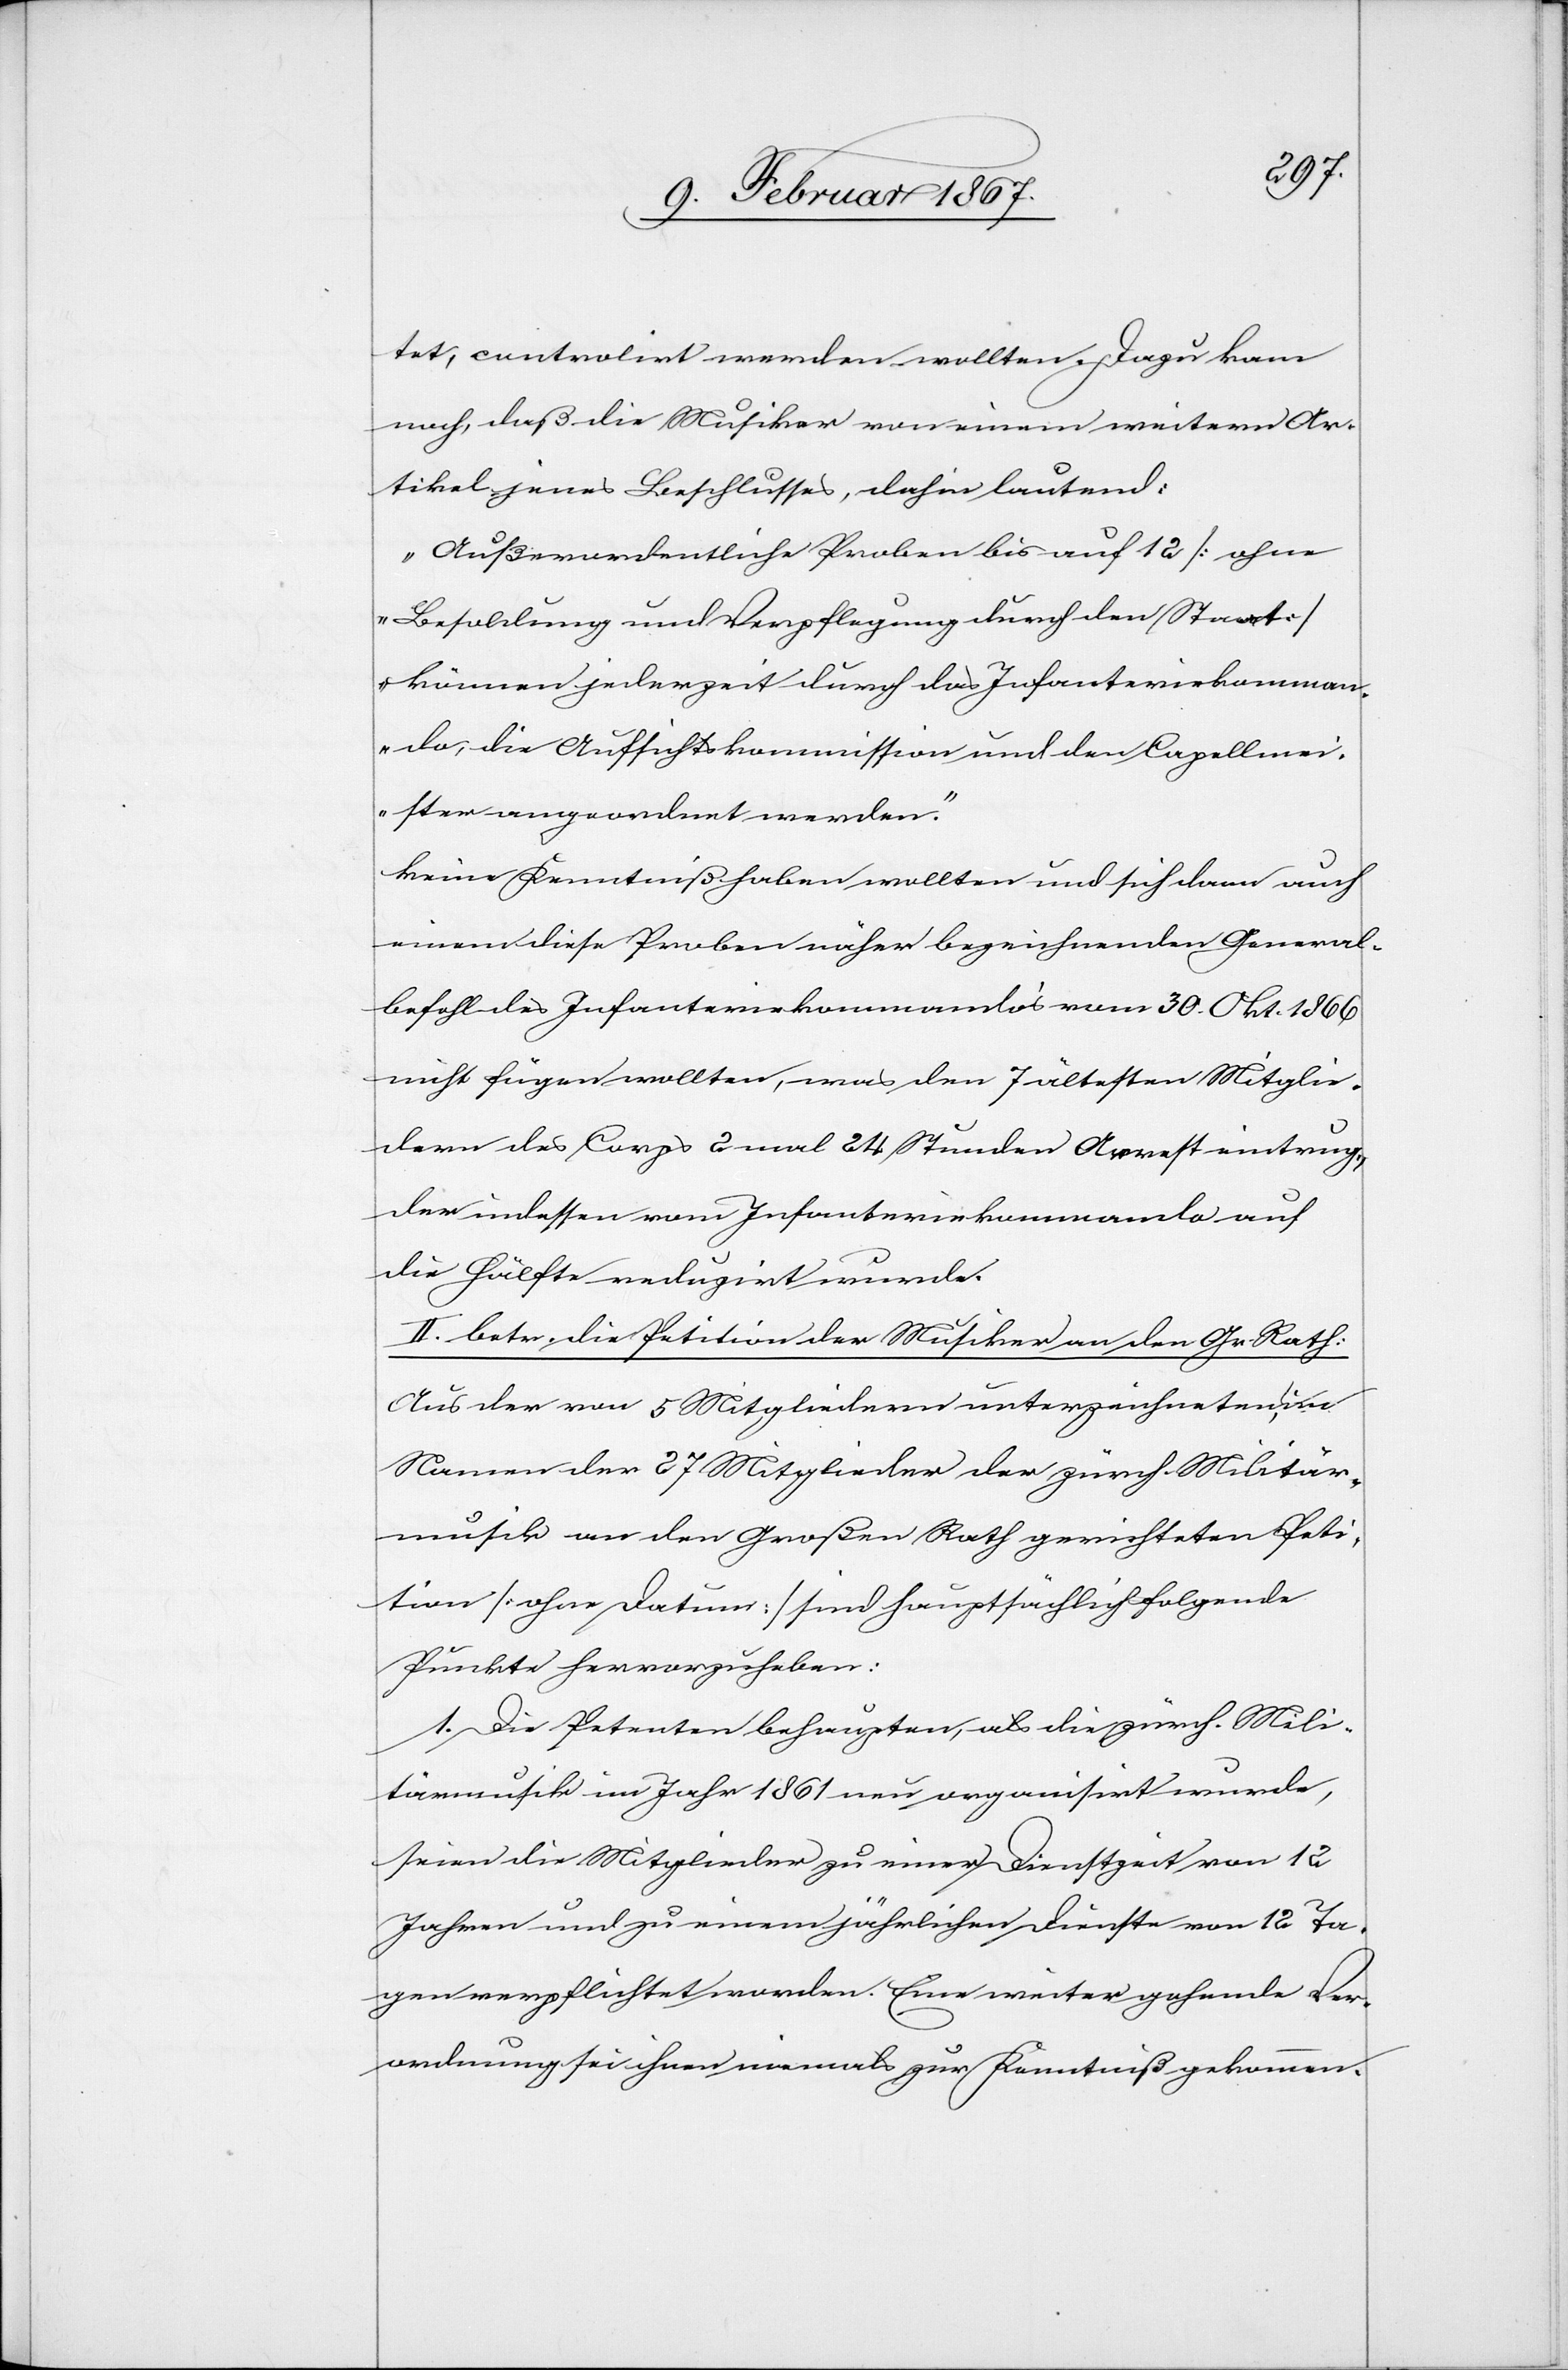
tet, controlirt werden wollten. Dazu kam
noch, daß die Musiker von einem weitern Ar¬
tikel jenes Beschlusses, dahin lautend:
„Außerordentliche Proben bis auf 12 [ohne
Besoldung und Verpflegung durch den Staat]
können jederzeit durch das Infanteriekomman¬
do, die Aufsichtskommission und den Capellmei¬
ster angeordnet werden.“
keine Kenntniß haben wollten und sich dann auch
einem diese Proben näher bezeichnenden General¬
befehl des Infanteriekommandos vom 30. Okt. 1866
nicht fügen wollten, was den 7 ältesten Mitglie¬
dern des Corps 2 mal 24 Stunden Arrest eintrug,
der indessen vom Infanteriekommando auf
die Hälfte reduzirt wurde.
II. betr. die Petition der Musiker an den Gr. Rath:
Aus der von 5 Mitgliedern unterzeichneten, im
Namen der 27 Mitglieder der zürch. Militär¬
musik an den Großen Rath gerichteten Peti¬
tion [ohne Datum] sind hauptsächlich folgende
Punkte hervorzuheben:
1. Die Petenten behaupten, als die zürch. Mili¬
tärmusik im Jahr 1861 neu organisirt wurde,
seien die Mitglieder zu einer Dienstzeit von 12
Jahren und zu einem jährlichen Dienst von 12 Ta¬
gen verpflichtet worden. Eine weiter gehende Ver¬
ordnung sei ihnen niemals zur Kenntniß gekommen.